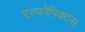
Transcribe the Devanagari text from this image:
एल्फोपिक्टस